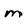
Character: m